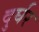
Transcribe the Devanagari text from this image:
दुर्घर